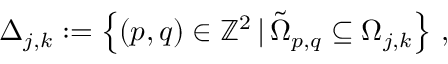
\Delta _ { j , k } : = \left\{ ( p , q ) \in \mathbb { Z } ^ { 2 } \, \vert \, \tilde { \Omega } _ { p , q } \subseteq \Omega _ { j , k } \right\} \, ,